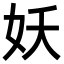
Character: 妖